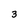
Character: 3